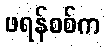
ဖရန်စစ်က